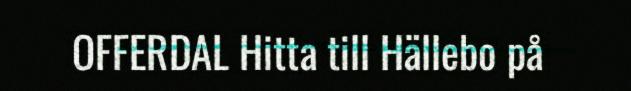
OFFERDAL Hitta till Hällebo på